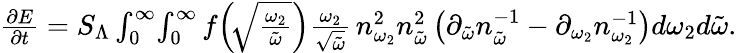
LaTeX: \begin{array}{r}{\frac{\partial E}{\partial t}=S_{\Lambda}\int_{0}^{\infty}\! \int_{0}^{\infty}f\! \left(\! \sqrt{\frac{\omega_{2}}{\tilde{\omega}}}\right)\frac{\omega_{2}}{\sqrt{\tilde{\omega}}}\, n_{\omega_{2}}^{2}n_{\tilde{\omega}}^{2}\left(\partial_{\tilde{\omega}}n_{\tilde{\omega}}^{-1}-\partial_{\omega_{2}}n_{\omega_{2}}^{-1}\right)d\omega_{2}d\tilde{\omega}.}\end{array}